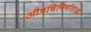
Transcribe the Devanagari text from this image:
औषधिनिर्माताओं